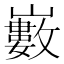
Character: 𡾄